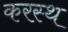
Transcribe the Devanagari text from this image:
करस्थ